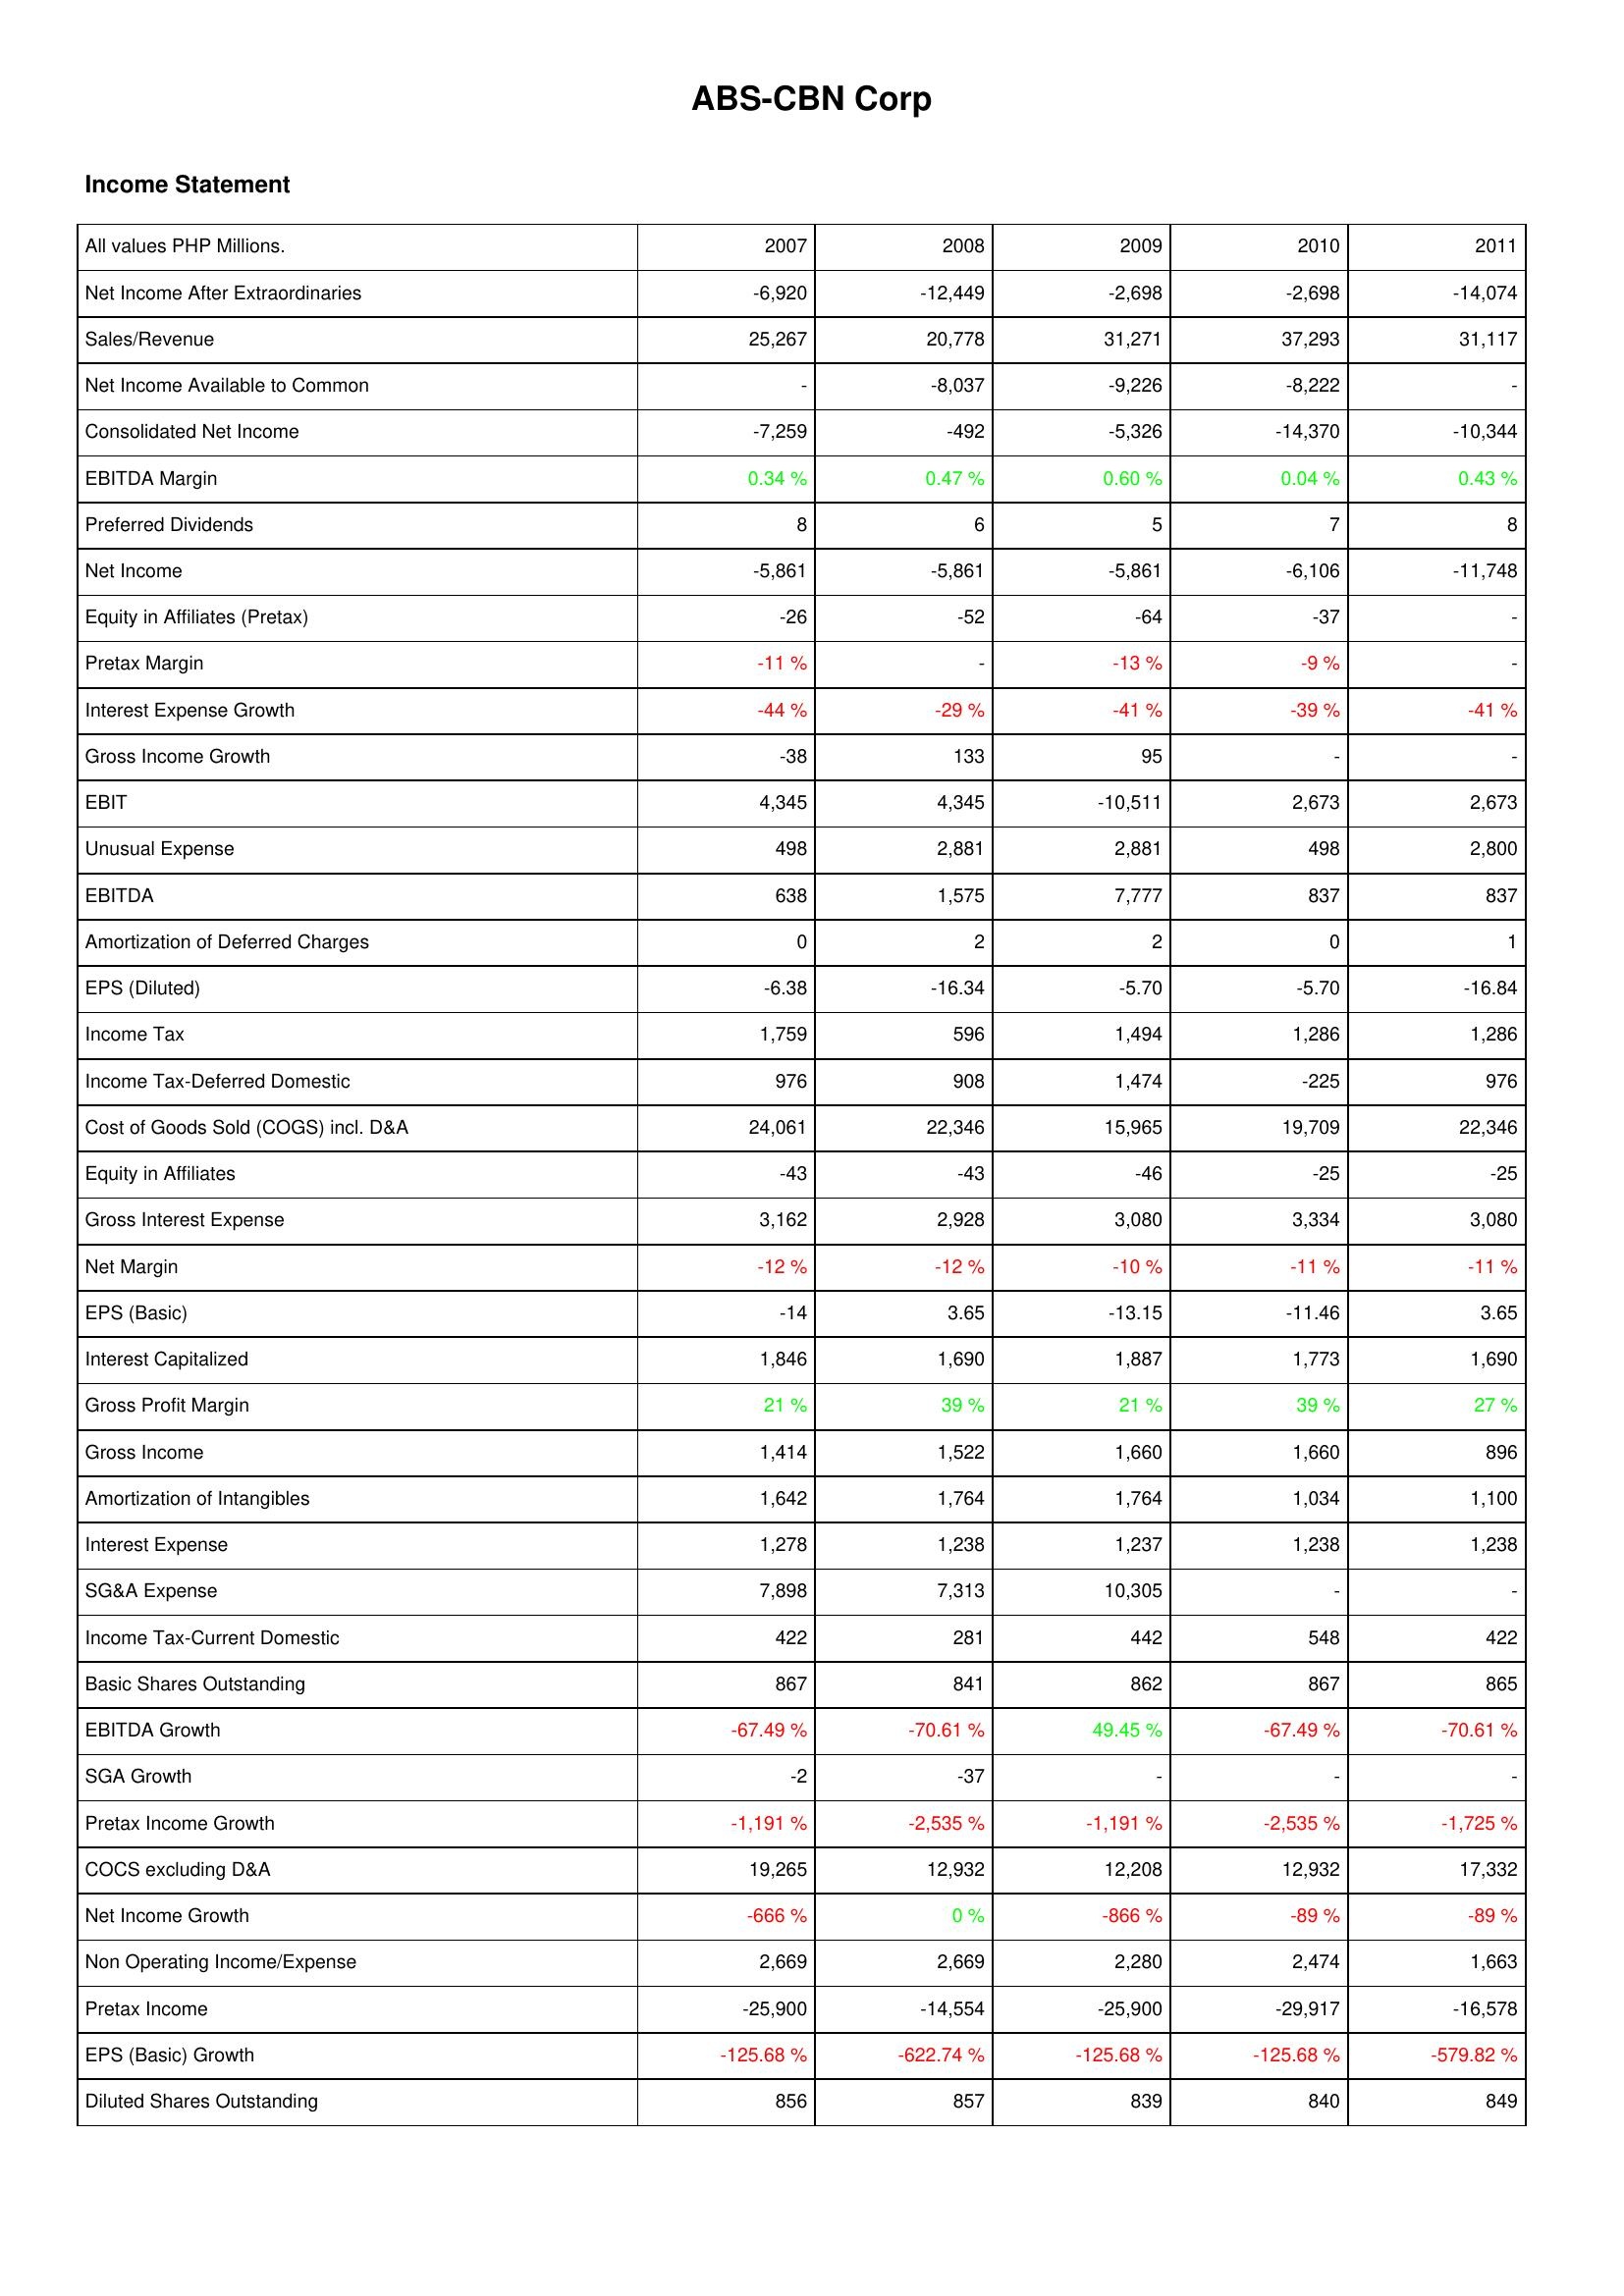
2007: Income Statement: Net Income After Extraordinaries: -6,920
Sales/Revenue: 25,267
Net Income Available to Common: -
Consolidated Net Income: -7,259
EBITDA Margin: 0.34 %
Preferred Dividends: 8
Net Income: -5,861
Equity in Affiliates (Pretax): -26
Pretax Margin: -11 %
Interest Expense Growth: -44 %
Gross Income Growth: -38
EBIT: 4,345
Unusual Expense: 498
EBITDA: 638
Amortization of Deferred Charges: 0
EPS (Diluted): -6.38
Income Tax: 1,759
Income Tax-Deferred Domestic: 976
Cost of Goods Sold (COGS) incl. D&A: 24,061
Equity in Affiliates: -43
Gross Interest Expense: 3,162
Net Margin: -12 %
EPS (Basic): -14
Interest Capitalized: 1,846
Gross Profit Margin: 21 %
Gross Income: 1,414
Amortization of Intangibles: 1,642
Interest Expense: 1,278
SG&A Expense: 7,898
Income Tax-Current Domestic: 422
Basic Shares Outstanding: 867
EBITDA Growth: -67.49 %
SGA Growth: -2
Pretax Income Growth: -1,191 %
COCS excluding D&A: 19,265
Net Income Growth: -666 %
Non Operating Income/Expense: 2,669
Pretax Income: -25,900
EPS (Basic) Growth: -125.68 %
Diluted Shares Outstanding: 856
2008: Income Statement: Net Income After Extraordinaries: -12,449
Sales/Revenue: 20,778
Net Income Available to Common: -8,037
Consolidated Net Income: -492
EBITDA Margin: 0.47 %
Preferred Dividends: 6
Net Income: -5,861
Equity in Affiliates (Pretax): -52
Pretax Margin: -
Interest Expense Growth: -29 %
Gross Income Growth: 133
EBIT: 4,345
Unusual Expense: 2,881
EBITDA: 1,575
Amortization of Deferred Charges: 2
EPS (Diluted): -16.34
Income Tax: 596
Income Tax-Deferred Domestic: 908
Cost of Goods Sold (COGS) incl. D&A: 22,346
Equity in Affiliates: -43
Gross Interest Expense: 2,928
Net Margin: -12 %
EPS (Basic): 3.65
Interest Capitalized: 1,690
Gross Profit Margin: 39 %
Gross Income: 1,522
Amortization of Intangibles: 1,764
Interest Expense: 1,238
SG&A Expense: 7,313
Income Tax-Current Domestic: 281
Basic Shares Outstanding: 841
EBITDA Growth: -70.61 %
SGA Growth: -37
Pretax Income Growth: -2,535 %
COCS excluding D&A: 12,932
Net Income Growth: 0 %
Non Operating Income/Expense: 2,669
Pretax Income: -14,554
EPS (Basic) Growth: -622.74 %
Diluted Shares Outstanding: 857
2009: Income Statement: Net Income After Extraordinaries: -2,698
Sales/Revenue: 31,271
Net Income Available to Common: -9,226
Consolidated Net Income: -5,326
EBITDA Margin: 0.60 %
Preferred Dividends: 5
Net Income: -5,861
Equity in Affiliates (Pretax): -64
Pretax Margin: -13 %
Interest Expense Growth: -41 %
Gross Income Growth: 95
EBIT: -10,511
Unusual Expense: 2,881
EBITDA: 7,777
Amortization of Deferred Charges: 2
EPS (Diluted): -5.70
Income Tax: 1,494
Income Tax-Deferred Domestic: 1,474
Cost of Goods Sold (COGS) incl. D&A: 15,965
Equity in Affiliates: -46
Gross Interest Expense: 3,080
Net Margin: -10 %
EPS (Basic): -13.15
Interest Capitalized: 1,887
Gross Profit Margin: 21 %
Gross Income: 1,660
Amortization of Intangibles: 1,764
Interest Expense: 1,237
SG&A Expense: 10,305
Income Tax-Current Domestic: 442
Basic Shares Outstanding: 862
EBITDA Growth: 49.45 %
SGA Growth: -
Pretax Income Growth: -1,191 %
COCS excluding D&A: 12,208
Net Income Growth: -866 %
Non Operating Income/Expense: 2,280
Pretax Income: -25,900
EPS (Basic) Growth: -125.68 %
Diluted Shares Outstanding: 839
2010: Income Statement: Net Income After Extraordinaries: -2,698
Sales/Revenue: 37,293
Net Income Available to Common: -8,222
Consolidated Net Income: -14,370
EBITDA Margin: 0.04 %
Preferred Dividends: 7
Net Income: -6,106
Equity in Affiliates (Pretax): -37
Pretax Margin: -9 %
Interest Expense Growth: -39 %
Gross Income Growth: -
EBIT: 2,673
Unusual Expense: 498
EBITDA: 837
Amortization of Deferred Charges: 0
EPS (Diluted): -5.70
Income Tax: 1,286
Income Tax-Deferred Domestic: -225
Cost of Goods Sold (COGS) incl. D&A: 19,709
Equity in Affiliates: -25
Gross Interest Expense: 3,334
Net Margin: -11 %
EPS (Basic): -11.46
Interest Capitalized: 1,773
Gross Profit Margin: 39 %
Gross Income: 1,660
Amortization of Intangibles: 1,034
Interest Expense: 1,238
SG&A Expense: -
Income Tax-Current Domestic: 548
Basic Shares Outstanding: 867
EBITDA Growth: -67.49 %
SGA Growth: -
Pretax Income Growth: -2,535 %
COCS excluding D&A: 12,932
Net Income Growth: -89 %
Non Operating Income/Expense: 2,474
Pretax Income: -29,917
EPS (Basic) Growth: -125.68 %
Diluted Shares Outstanding: 840
2011: Income Statement: Net Income After Extraordinaries: -14,074
Sales/Revenue: 31,117
Net Income Available to Common: -
Consolidated Net Income: -10,344
EBITDA Margin: 0.43 %
Preferred Dividends: 8
Net Income: -11,748
Equity in Affiliates (Pretax): -
Pretax Margin: -
Interest Expense Growth: -41 %
Gross Income Growth: -
EBIT: 2,673
Unusual Expense: 2,800
EBITDA: 837
Amortization of Deferred Charges: 1
EPS (Diluted): -16.84
Income Tax: 1,286
Income Tax-Deferred Domestic: 976
Cost of Goods Sold (COGS) incl. D&A: 22,346
Equity in Affiliates: -25
Gross Interest Expense: 3,080
Net Margin: -11 %
EPS (Basic): 3.65
Interest Capitalized: 1,690
Gross Profit Margin: 27 %
Gross Income: 896
Amortization of Intangibles: 1,100
Interest Expense: 1,238
SG&A Expense: -
Income Tax-Current Domestic: 422
Basic Shares Outstanding: 865
EBITDA Growth: -70.61 %
SGA Growth: -
Pretax Income Growth: -1,725 %
COCS excluding D&A: 17,332
Net Income Growth: -89 %
Non Operating Income/Expense: 1,663
Pretax Income: -16,578
EPS (Basic) Growth: -579.82 %
Diluted Shares Outstanding: 849